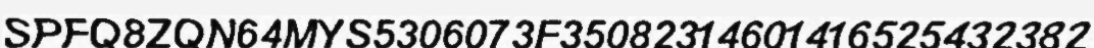
SPFQ8ZQN64MYS5306073F35082314601416525432382